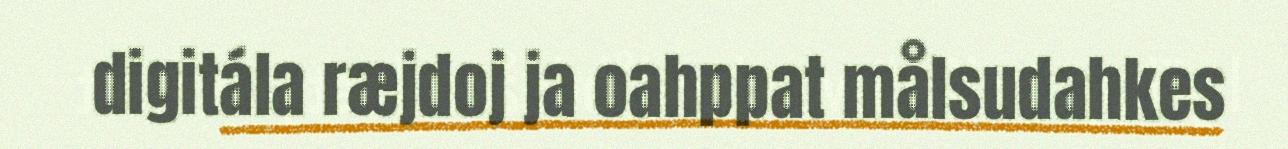
digitála ræjdoj ja oahppat målsudahkes